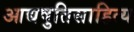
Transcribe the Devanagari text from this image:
आद्यषुतिसाहित्य